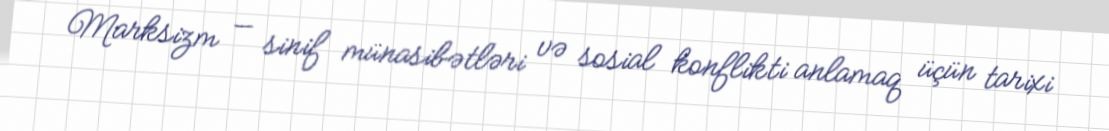
Marksizm — sinif münasibətləri və sosial konflikti anlamaq üçün tarixi